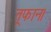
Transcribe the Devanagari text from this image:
तूफान।